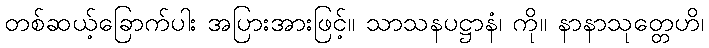
တစ်ဆယ့်ခြောက်ပါး အပြားအားဖြင့်။ သာသနပဋ္ဌာနံ၊ ကို။ နာနာသုတ္တေဟိ၊